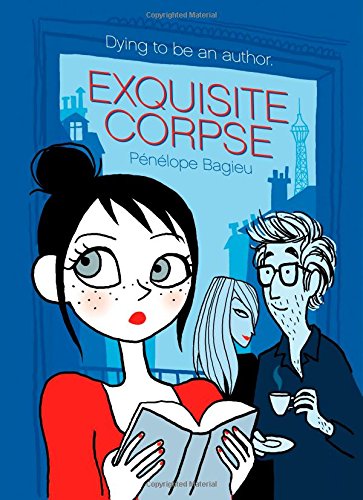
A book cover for Exquisite Corpse; PÃ©nÃ©lope Bagieu; Comics & Graphic Novels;